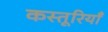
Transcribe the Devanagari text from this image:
कस्तूरियाँ